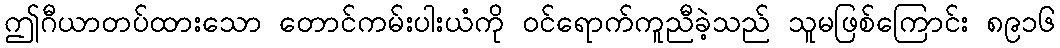
ဤဂီယာတပ်ထားသော တောင်ကမ်းပါးယံကို ဝင်ရောက်ကူညီခဲ့သည် သူမဖြစ်ကြောင်း ၈၉၁၆